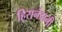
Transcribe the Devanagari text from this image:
हि्रानंदानी